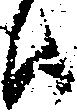
候